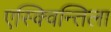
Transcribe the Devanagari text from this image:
एस्क्विन्तिला